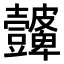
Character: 𭅮